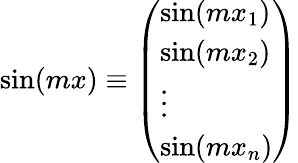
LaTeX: \begin{array}{r}{\sin(mx)\equiv\left(\begin{array}{l}{\sin(mx_{1})}\\ {\sin(mx_{2})}\\ {\vdots}\\ {\sin(mx_{n})}\end{array}\right)}\end{array}